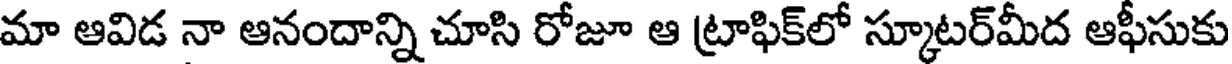
మా ఆవిడ నా ఆనందాన్ని చూసి రోజూ ఆ ట్రాఫిక్లో స్కూటర్మీద ఆఫీసుకు